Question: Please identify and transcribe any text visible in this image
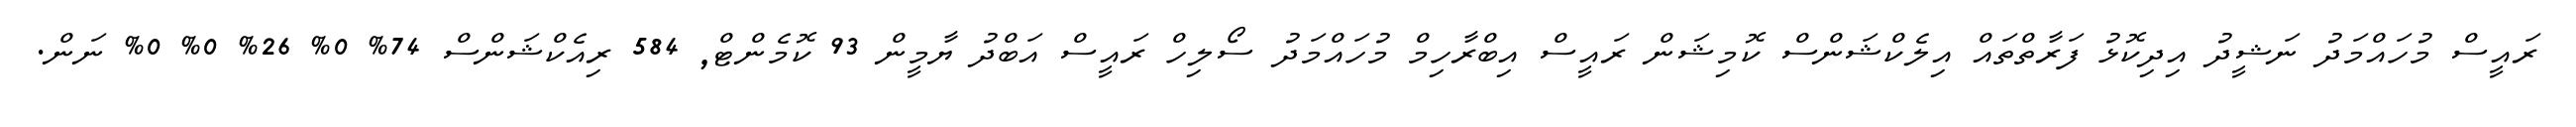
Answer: ރައީސް މުހައްމަދު ނަޝީދު އިދިކޮޅު ފަރާތްތައް އިލެކްޝަންސް ކޮމިޝަން ރައީސް އިބްރާހިމް މުހައްމަދު ސޯލިހް ރައީސް އަބްދު ޔާމީން 93 ކޮމެންޓް, 584 ރިއެކްޝަންސް 74% 0% 26% 0% 0% ނަން.